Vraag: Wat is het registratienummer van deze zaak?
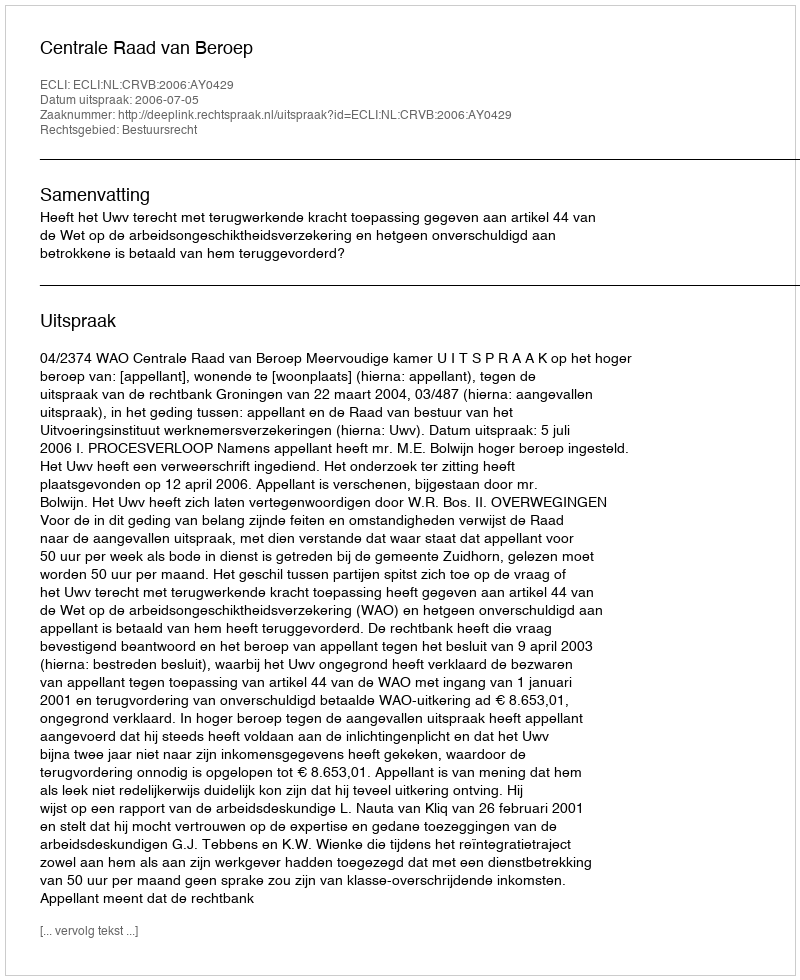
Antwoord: http://deeplink.rechtspraak.nl/uitspraak?id=ECLI:NL:CRVB:2006:AY0429